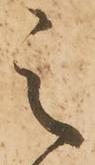
之